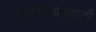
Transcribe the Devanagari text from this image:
आभिजात्यवादी